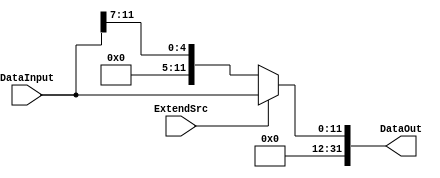
module ImmExtender(DataInput,
						 DataOut,
						 ExtendSrc);

input ExtendSrc;

input [11:0] DataInput;

output reg [31:0] DataOut;

always @ (*) begin
		
		if(ExtendSrc) begin
							DataOut={20'd0,DataInput};	//extend for mem
						  end
		else 	begin
				DataOut={27'd0,DataInput[11:7]};	//extend for shift
				end
				
end

endmodule